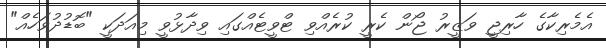
އެމެރިކާގެ ހާރިޖީ ވަޒީރު ޖޯން ކެރީ ކުރެއްވި ޓްވީޓެއްގައި ވިދާޅުވީ މިއަދަކީ "ބޮޑުދުވަހެއް"